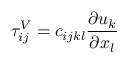
\tau _ { i j } ^ { V } = c _ { i j k l } \frac { \partial u _ { k } } { \partial x _ { l } }